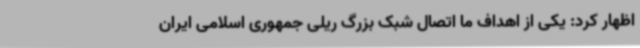
اظهار کرد: یکی از اهداف ما اتصال شبک بزرگ ریلی جمهوری اسلامی ایران